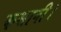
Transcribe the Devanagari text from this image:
कसानी।